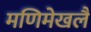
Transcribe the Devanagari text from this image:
मणिमेखलै